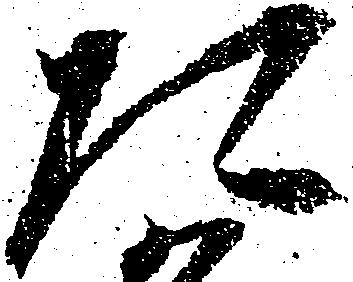
た